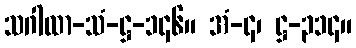
သဂါထာ-သံ-ဋ္ဌ-၁၄၆။ အံ-၄၊ ဋ္ဌ-၃၁၄။